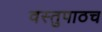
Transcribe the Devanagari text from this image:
वस्तुपाठच